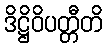
ဒိဋ္ဌိဝိပတ္တီတိ